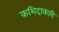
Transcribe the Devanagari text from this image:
कशिदाकारी